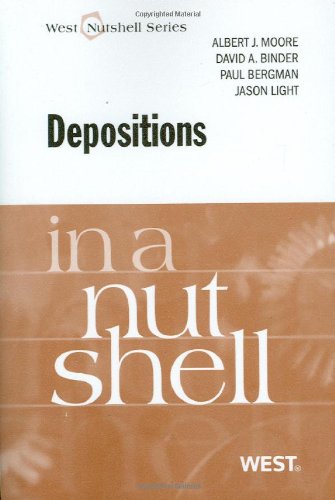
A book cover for Depositions in a Nutshell; Albert Moore; Law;